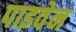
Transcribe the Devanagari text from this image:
पाइवेन